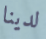
لدينا